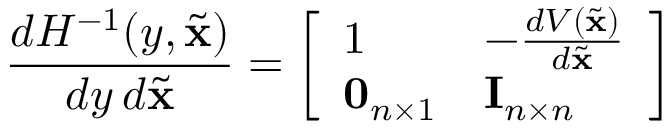
{ \frac { d H ^ { - 1 } ( y , { \tilde { \mathbf { x } } } ) } { d y \, d { \tilde { \mathbf { x } } } } } = { \left[ \begin{array} { l l } { 1 } & { - { \frac { d V ( { \tilde { \mathbf { x } } } ) } { d { \tilde { \mathbf { x } } } } } } \\ { \mathbf { 0 } _ { n \times 1 } } & { \mathbf { I } _ { n \times n } } \end{array} \right] }